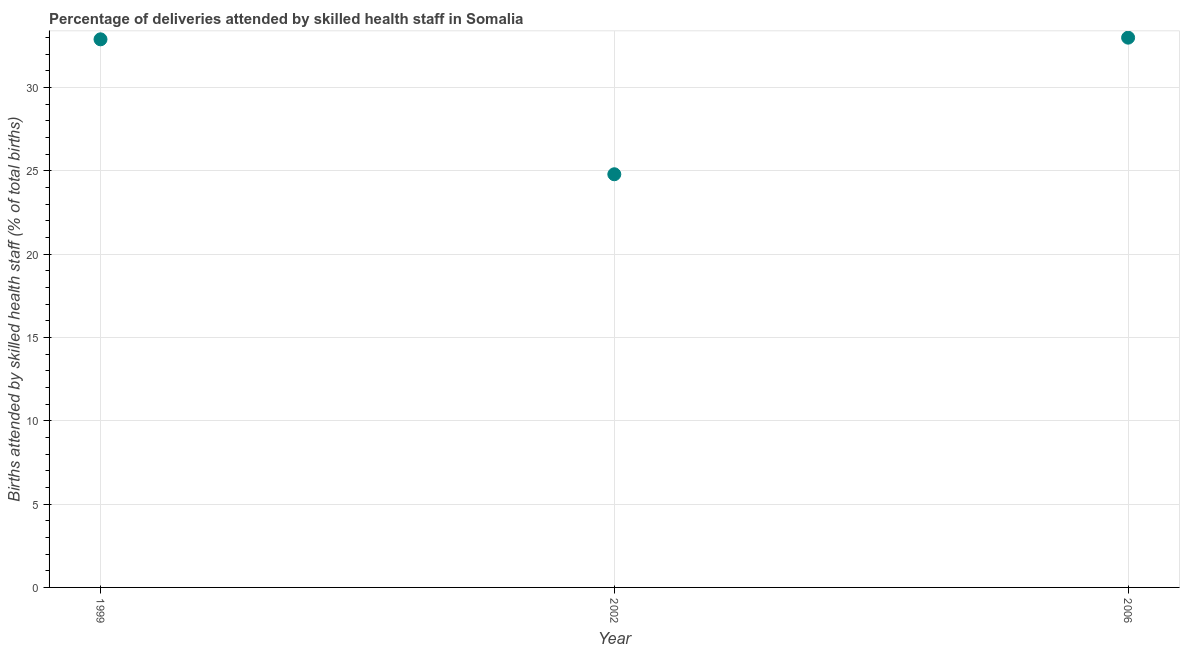
| Year | Births attended by skilled health staff |
 | --- | --- |
 | 1999 | 32.9 |
 | 2002 | 24.8 |
 | 2006 | 33 |